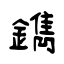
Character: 鐫